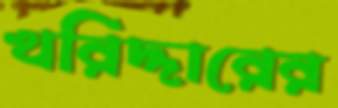
খরিদ্দারের